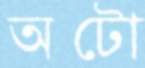
অটো